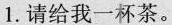
1.请给我一杯茶。